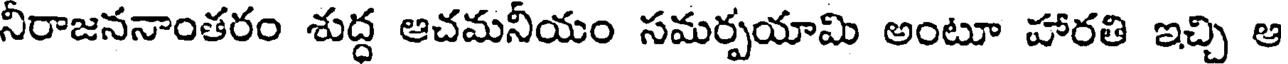
నీరాజననాంతరం శుద్ధ ఆచమనీయం సమర్పయామి అంటూ హారతి ఇచ్చి ఆ